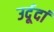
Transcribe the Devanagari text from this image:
उर्दूदां